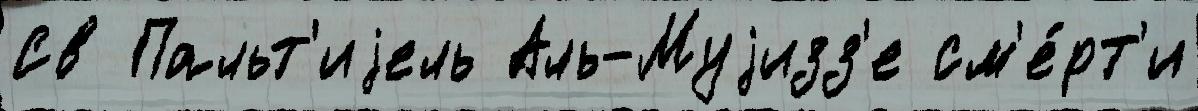
Св Пальт'иjель Аль-Муjизз'е см'е́рт'и